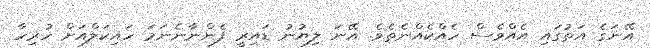
އޭނަގެ އަތުގައި އެއްވެސް ހެއްކެއްނެތެވެ. އޭނަ ލިޔުނު ޑައިރީ ފެންނާނެނަމަ ހައިކަލްއަށް ހުރިހާ